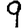
Digit: 9